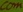
Text: com